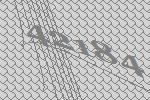
42184